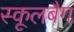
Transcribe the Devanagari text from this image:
स्कूलबैग